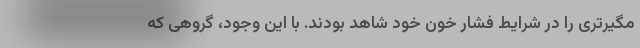
مگیرتری را در شرایط فشار خون خود شاهد بودند. با این وجود، گروهی که